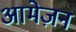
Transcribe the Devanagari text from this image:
आमेज़न